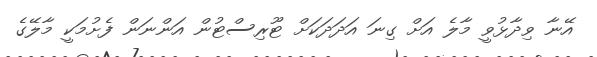
އޭނާ ވިދާޅުވީ މާލެ އަށް ގިނަ އަދަދަކަށް ޓޫރިސްޓުން އަންނަން ފެށުމަކީ މާލޭގެ